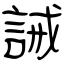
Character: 誡